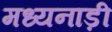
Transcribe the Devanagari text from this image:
मध्यनाड़ी